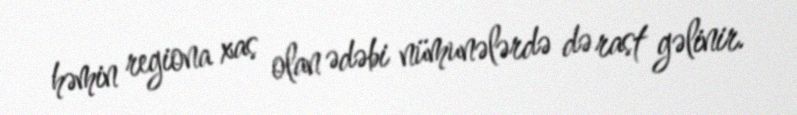
həmin regiona xas olan ədəbi nümunələrdə də rast gəlinir.